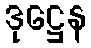
ဒုဋ္ဌေန